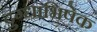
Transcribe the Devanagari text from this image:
दुग्‍धाभिषेक